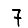
Digit: 7